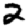
Digit: 2